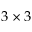
3 \times 3